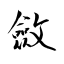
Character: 斂